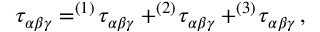
\tau _ { \alpha \beta \gamma } = ^ { ( 1 ) } \! \tau _ { \alpha \beta \gamma } + ^ { ( 2 ) } \! \tau _ { \alpha \beta \gamma } + ^ { ( 3 ) } \! \tau _ { \alpha \beta \gamma } \, ,